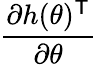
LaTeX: \frac{\partial h(\theta)^{\mathsf{T}}}{\partial\theta}